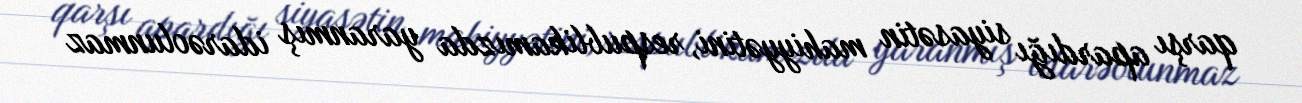
qarşı apardığı siyasətin mahiyyətini, respublikamızda yaranmış idarəolunmaz